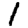
Digit: 1